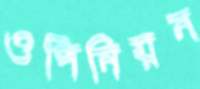
ওপিনিয়ন